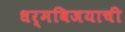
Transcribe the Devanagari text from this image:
धर्मविजयाची